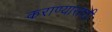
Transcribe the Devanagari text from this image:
कराण्यासाठी